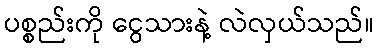
ပစ္စည်းကို ငွေသားနဲ့ လဲလှယ်သည်။